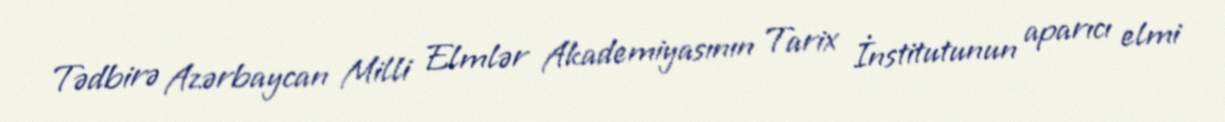
Tədbirə Azərbaycan Milli Elmlər Akademiyasının Tarix İnstitutunun aparıcı elmi